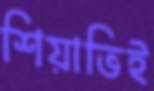
শিয়াভিই